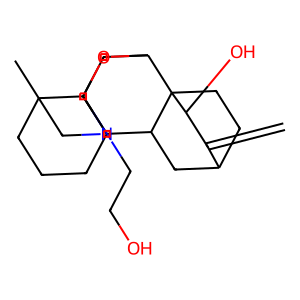
SMILES: C=C1C2CCC3(C4CC5C6(C)CCCC5(C(O4)N(CCO)C6)C3C2)C1O
Inhibits HIV replication: No